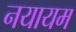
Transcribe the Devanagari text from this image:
नयायम